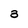
Character: 3